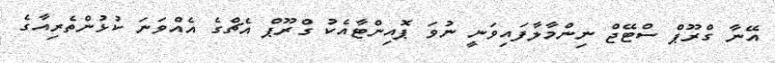
އޭނާ ގްރޫޕް ސްޓޭޖް ނިންމާލާފައިވަނީ ނުވަ ޕޮއިންޓާއެކު ގްރޫޕް އެޗްގެ އެއްވަނަ ކުޅުންތެރިއާގެ